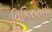
વિકિરણનો